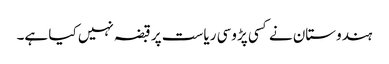
ہندوستان نے کسی پڑوسی ریاست پر قبضہ نہیں کیا ہے۔